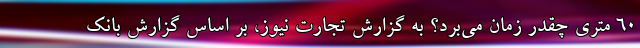
۶۰ متری چقدر زمان می‌برد؟ به گزارش تجارت نیوز، بر اساس گزارش بانک